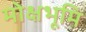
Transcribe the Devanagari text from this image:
मोक्षभूमि